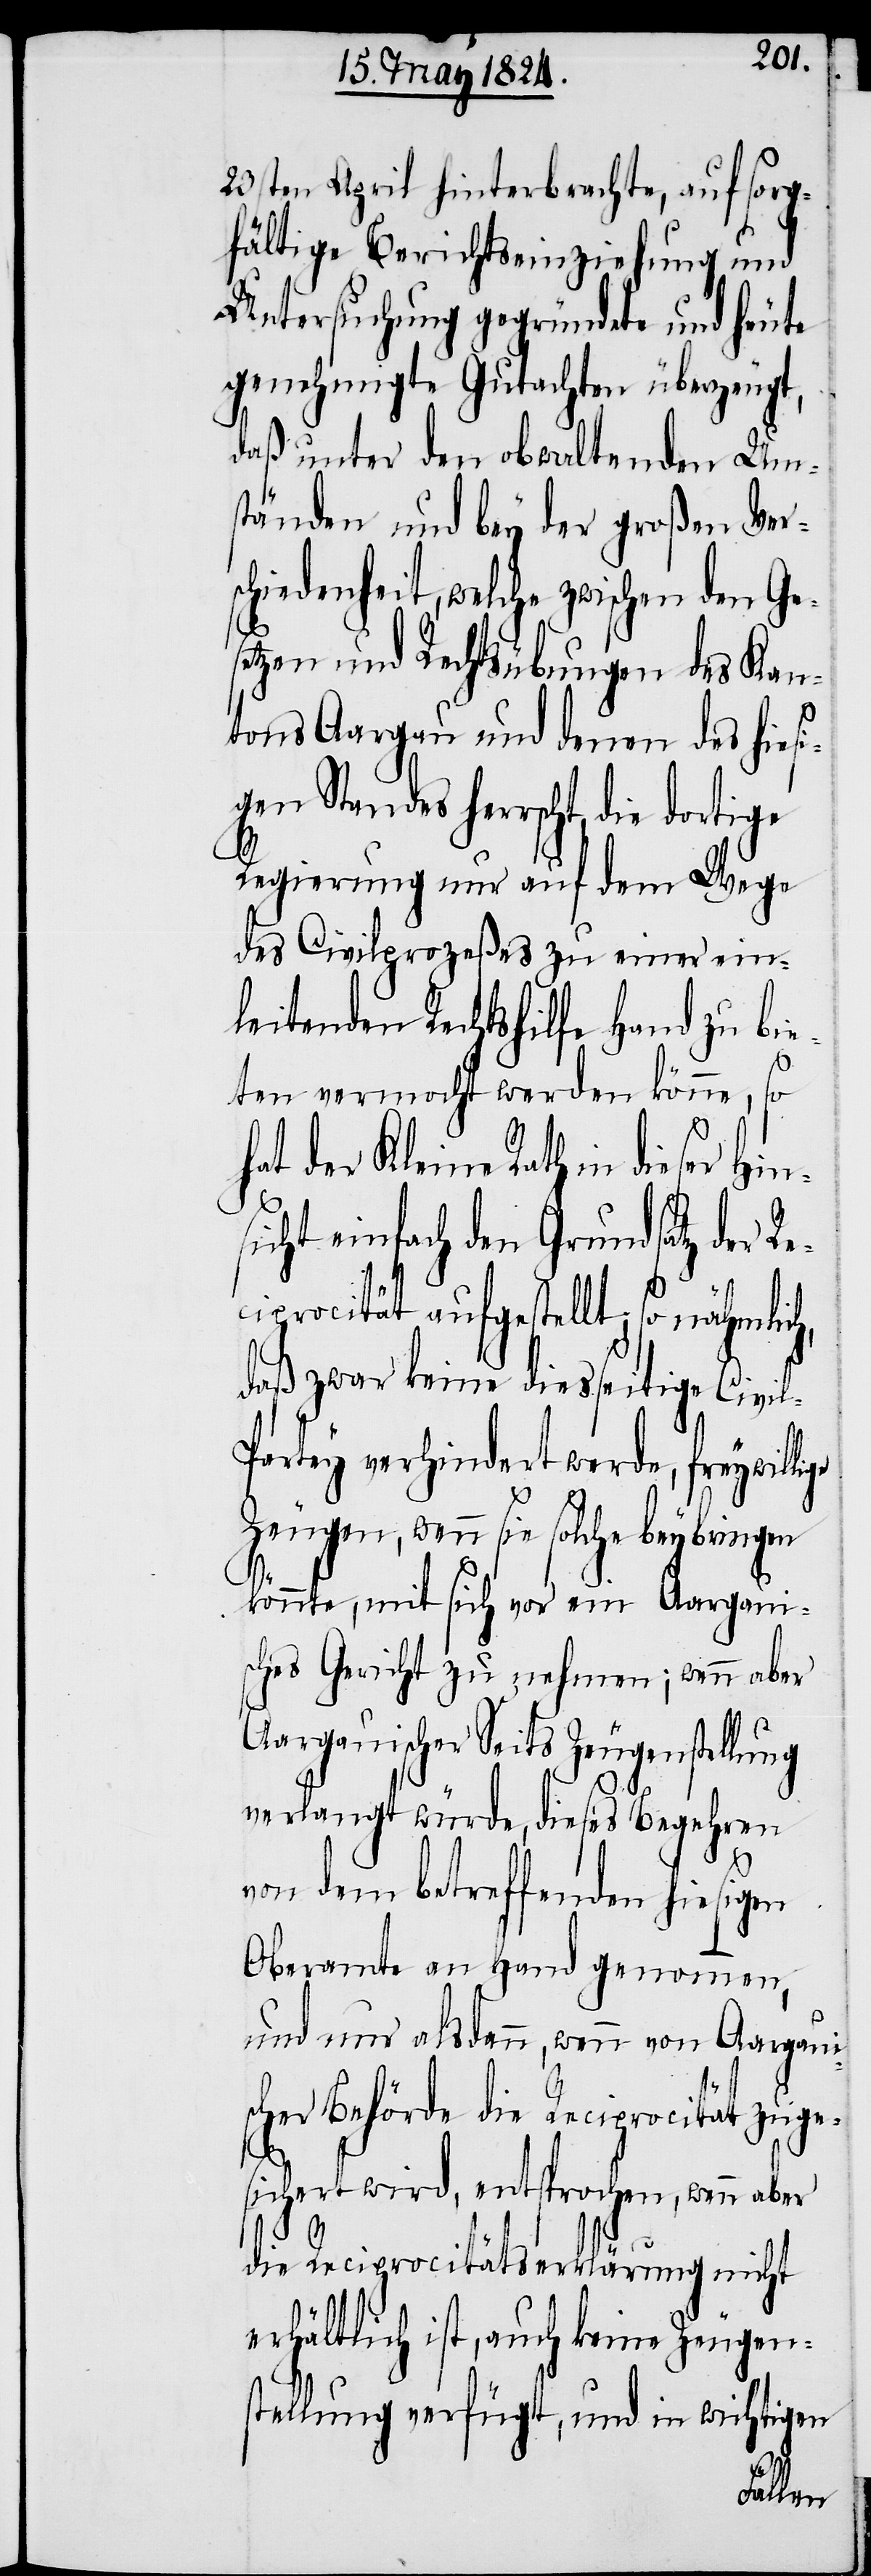
lige
23sten April hinterbrachte, auf sorg¬
fältige Berichtseinziehung und
Untersuchung gegründete und heute
genehmigte Gutachten überzeugt,
daß unter den obwaltenden Um¬
ständen und bey der großen Vers¬
chiedenheit, welche zwischen den Ge¬
setzen und Rechtsübungen des Kan¬
tons Aargau und denen des hiesi¬
gen Standes herrscht, die dortige
h,
Regierung nur auf dem Wege
des Civilprozeßes zu einer ein¬
leitenden Rechtshilfe Hand zu bie¬
ten vermocht werden könne, so
at der Kleine Rath in dieser
icht einfach den Grundsatz der R¬
iprocität aufgestellt; so nähmlic¬
daß zwar keine diesseitige Civi¬
artey verhindert werde, freywil¬
Zeugen, wenn sie solche beybringen
könnte, mit sich vor ein Aargaui¬
sches Gericht zu nehmen; wenn aber
Aargauischer Seits Zeugenstellung
verlangt würde, dieses Begehren
von dem betreffenden hiesigen
ec¬
Oberamte an Hand genommen,
und nur alsdann, wenn von Aargaui¬
scher Behörde die Reciprocität zuge¬
sichert wird, entsprochen, wenn aber
die Reciprocitätserklärung nicht
erhältlich ist, auch keine Zeugen¬
stellung verfügt, und in wichtigen